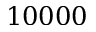
1 0 0 0 0